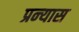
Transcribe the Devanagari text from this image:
प्रन्‍यास